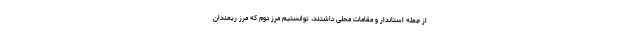
از جمله استاندار و مقامات محلی داشتند، توانستیم مرز دوم که مرز ریمندان